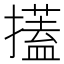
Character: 𢷞